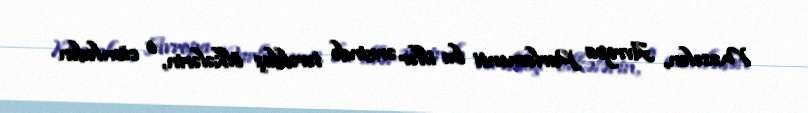
Məsələn, Avropa Parlamenti bu illər ərzində tərəfdaş ölkələrin, o cümlədən